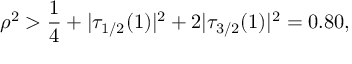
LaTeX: \rho ^ { 2 } > \frac 1 4 + | \tau _ { 1 / 2 } ( 1 ) | ^ { 2 } + 2 | \tau _ { 3 / 2 } ( 1 ) | ^ { 2 } = 0 . 8 0 ,